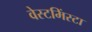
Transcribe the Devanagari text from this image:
वेस्टमिंस्टा